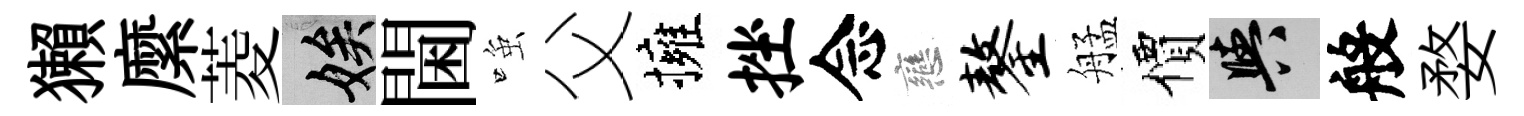
獺縻菱娭閫𫪻父擁挫念戀鏊艋價阳般婺